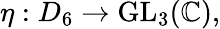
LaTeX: \eta:D_{6}\to{\mathrm{GL}}_{3}(\mathbb{C}),